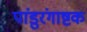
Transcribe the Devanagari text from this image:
पांडुरंगाष्टक